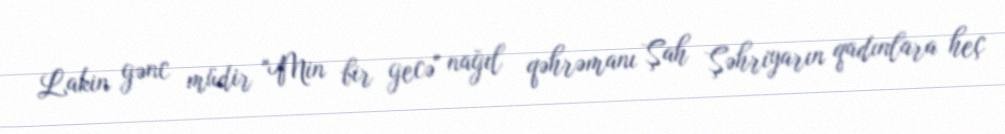
Lakin gənc müdir "Min bir gecə" nağıl qəhrəmanı Şah Şəhriyarın qadınlara heç